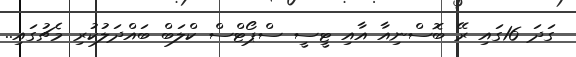
ގަދަ 16ގައި ރޭ ބޮސްނިއާ އާއި ޓީސީ ސްޕޯޓްސް ކްލަބް ބައްދަލުކުރި މެޗުގައި..